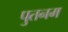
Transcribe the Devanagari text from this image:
पुतनम